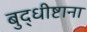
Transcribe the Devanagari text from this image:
बुद्धीष्टाना